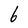
Character: 6